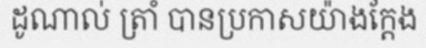
ដូណាល់ ត្រាំ បានប្រកាសយ៉ាងក្តែង